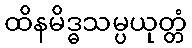
ထိနမိဒ္ဓသမ္ပယုတ္တံ